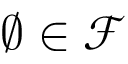
\varnothing \in { \mathcal { F } }